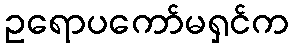
ဥရောပကော်မရှင်က